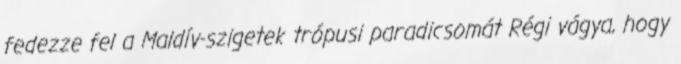
fedezze fel a Maldív-szigetek trópusi paradicsomát Régi vágya, hogy